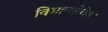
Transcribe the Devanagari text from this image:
विमानसेवेत